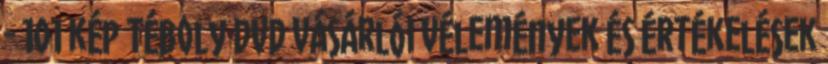
- 101 kép Téboly DVD vásárlói vélemények és értékelések